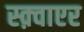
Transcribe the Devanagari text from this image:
स्क़्वाएर